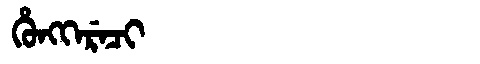
Manchu: ᡥᡠᠩᡴᡝᡵᡝᠴᡳ
Romanization: HUNGKERECI